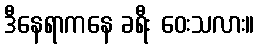
ဒီနေရာကနေ ခရီး ဝေးသလား။